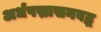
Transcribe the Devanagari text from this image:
अर्धपद्मासनबद्ध